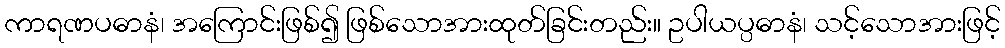
ကာရဏပဓာနံ၊ အကြောင်းဖြစ်၍ ဖြစ်သောအားထုတ်ခြင်းတည်း။ ဥပါယပ္ပဓာနံ၊ သင့်သောအားဖြင့်